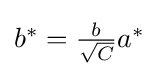
{\textstyle b^{*}={\frac {b}{\sqrt {C}}}a^{*}}